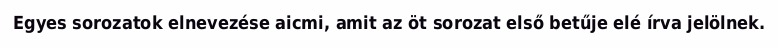
Egyes sorozatok elnevezése aicmi, amit az öt sorozat első betűje elé írva jelölnek.